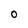
Character: O